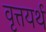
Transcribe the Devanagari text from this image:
वृत्तयर्थ